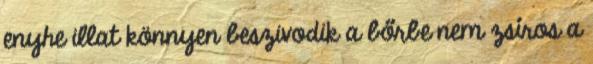
enyhe illat könnyen beszivodik a bőrbe nem zsíros a